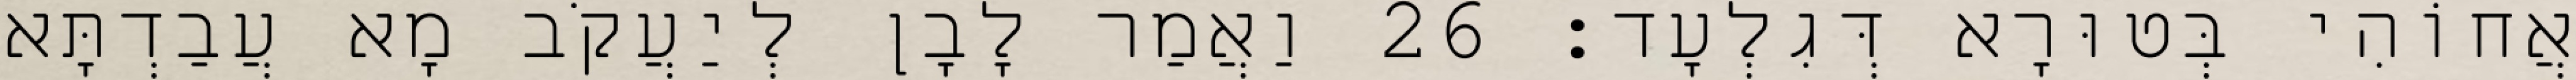
אֲחוֹהִי בְּטוּרָא דְּגִלְעָד׃ 26 וַאֲמַר לָבָן לְיַעֲקֹב מָא עֲבַדְתָּא